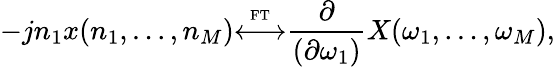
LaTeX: -jn_{1}x(n_{1},\ldots,n_{M}){\overset{\underset{\mathrm{FT}}{}}{\longleftrightarrow}}{\frac{\partial}{(\partial\omega_{1})}}X(\omega_{1},\ldots,\omega_{M}),